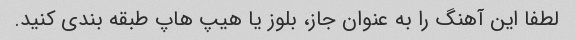
لطفا این آهنگ را به عنوان جاز، بلوز یا هیپ هاپ طبقه بندی کنید.